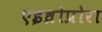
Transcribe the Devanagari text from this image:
एइध्रोप्रोरा